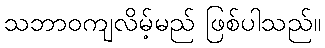
သဘာဝကျလိမ့်မည် ဖြစ်ပါသည်။